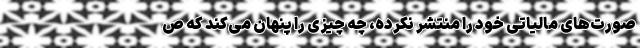
صورت‌های مالیاتی خود را منتشر نکرده، چه چیزی را پنهان می‌کند که ص